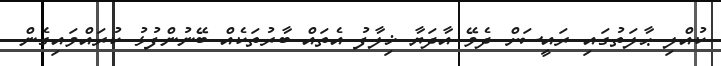
ކުއްލި ޙާލަތުގައި ރައީސަށް ދެވޭ އާދަޔާ ޚިލާފު އެތައް ބާރުތަކެއް ބޭނުންފުޅު ކުރައްވައިގެން